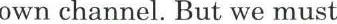
own channel. But we must